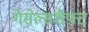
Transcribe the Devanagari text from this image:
गेसेल्सशैफ़्ट